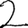
Digit: 2